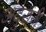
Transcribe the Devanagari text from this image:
अंदुरुनी